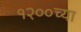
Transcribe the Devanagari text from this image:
१२००च्या